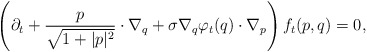
\begin{align*}\left(\partial_t + \frac{p}{\sqrt{1+\lvert p \rvert^2}} \cdot \nabla_q + \sigma \nabla_q\varphi_t(q) \cdot \nabla_p \right)f_t(p,q)=0,\end{align*}